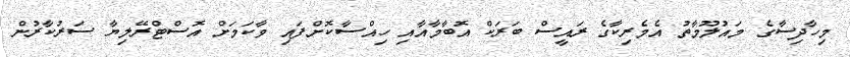
މިހާދިސާގެ މައުލޫމާތު އެމެރިކާގެ ރައީސް ބަރަކް އޮބާމާއާއި ހިއްސާކޮށްފައި ވާކަމަށް އޮސްޓްރޭލިޔާ ސަރުކާރުން